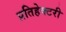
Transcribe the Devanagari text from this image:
प्रतिहेक्टरी